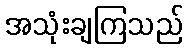
အသုံးချကြသည်